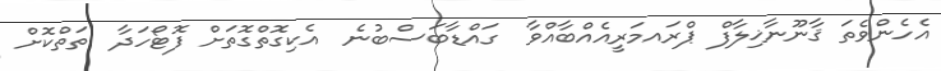
އެހެންވެތަ ޤާނޫނާޚިލާފް ޕްރައމަރީއެއްބާއްވާ  ގައްޑާބަސްބުނެ  އެކިގޮތްގޮތަށް ފޮޓޯހަދާ  ތަތްކޮށް